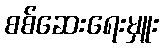
စစ်ဆေးရေးမှူး